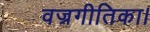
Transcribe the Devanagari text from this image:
वज्रगीतिका।